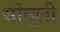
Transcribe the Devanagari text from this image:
सोनुली